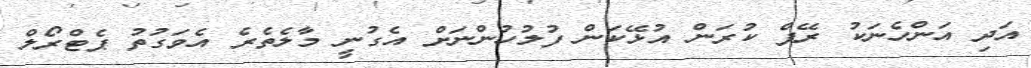
އަދި އަންހެނަކު ރޭޕް ކުރަން އުޅޭކަން ފުލުހުންނަށް އެގުނީ މާލެތެރެ އެވަގުތު ޕެޓްރޯލް